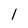
Character: 1